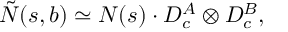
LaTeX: \tilde { N } ( s , b ) \simeq { \cal N } ( s ) \cdot D _ { c } ^ { A } \otimes D _ { c } ^ { B } ,